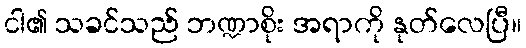
ငါ၏ သခင်သည် ဘဏ္ဍာစိုး အရာကို နုတ်လေပြီ။